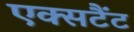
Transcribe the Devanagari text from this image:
एक्सटैंट